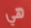
هي